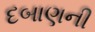
દબાણની